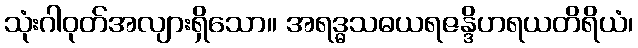
သုံးဂါဝုတ်အလျားရှိသော။ အရဒ္ဓသဓယရဇန္ဒိဟရယတိရိယံ၊